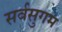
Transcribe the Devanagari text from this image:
सर्वसुगम